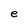
Character: e